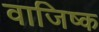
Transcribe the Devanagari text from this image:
वाजिष्क